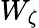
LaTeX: W_{\zeta}